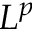
L ^ { p }